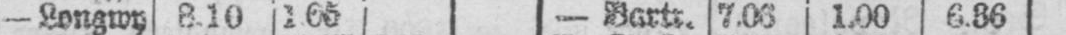
- Longwy 8.10 1.65 - Bartr. 7.06 1.00 6.36